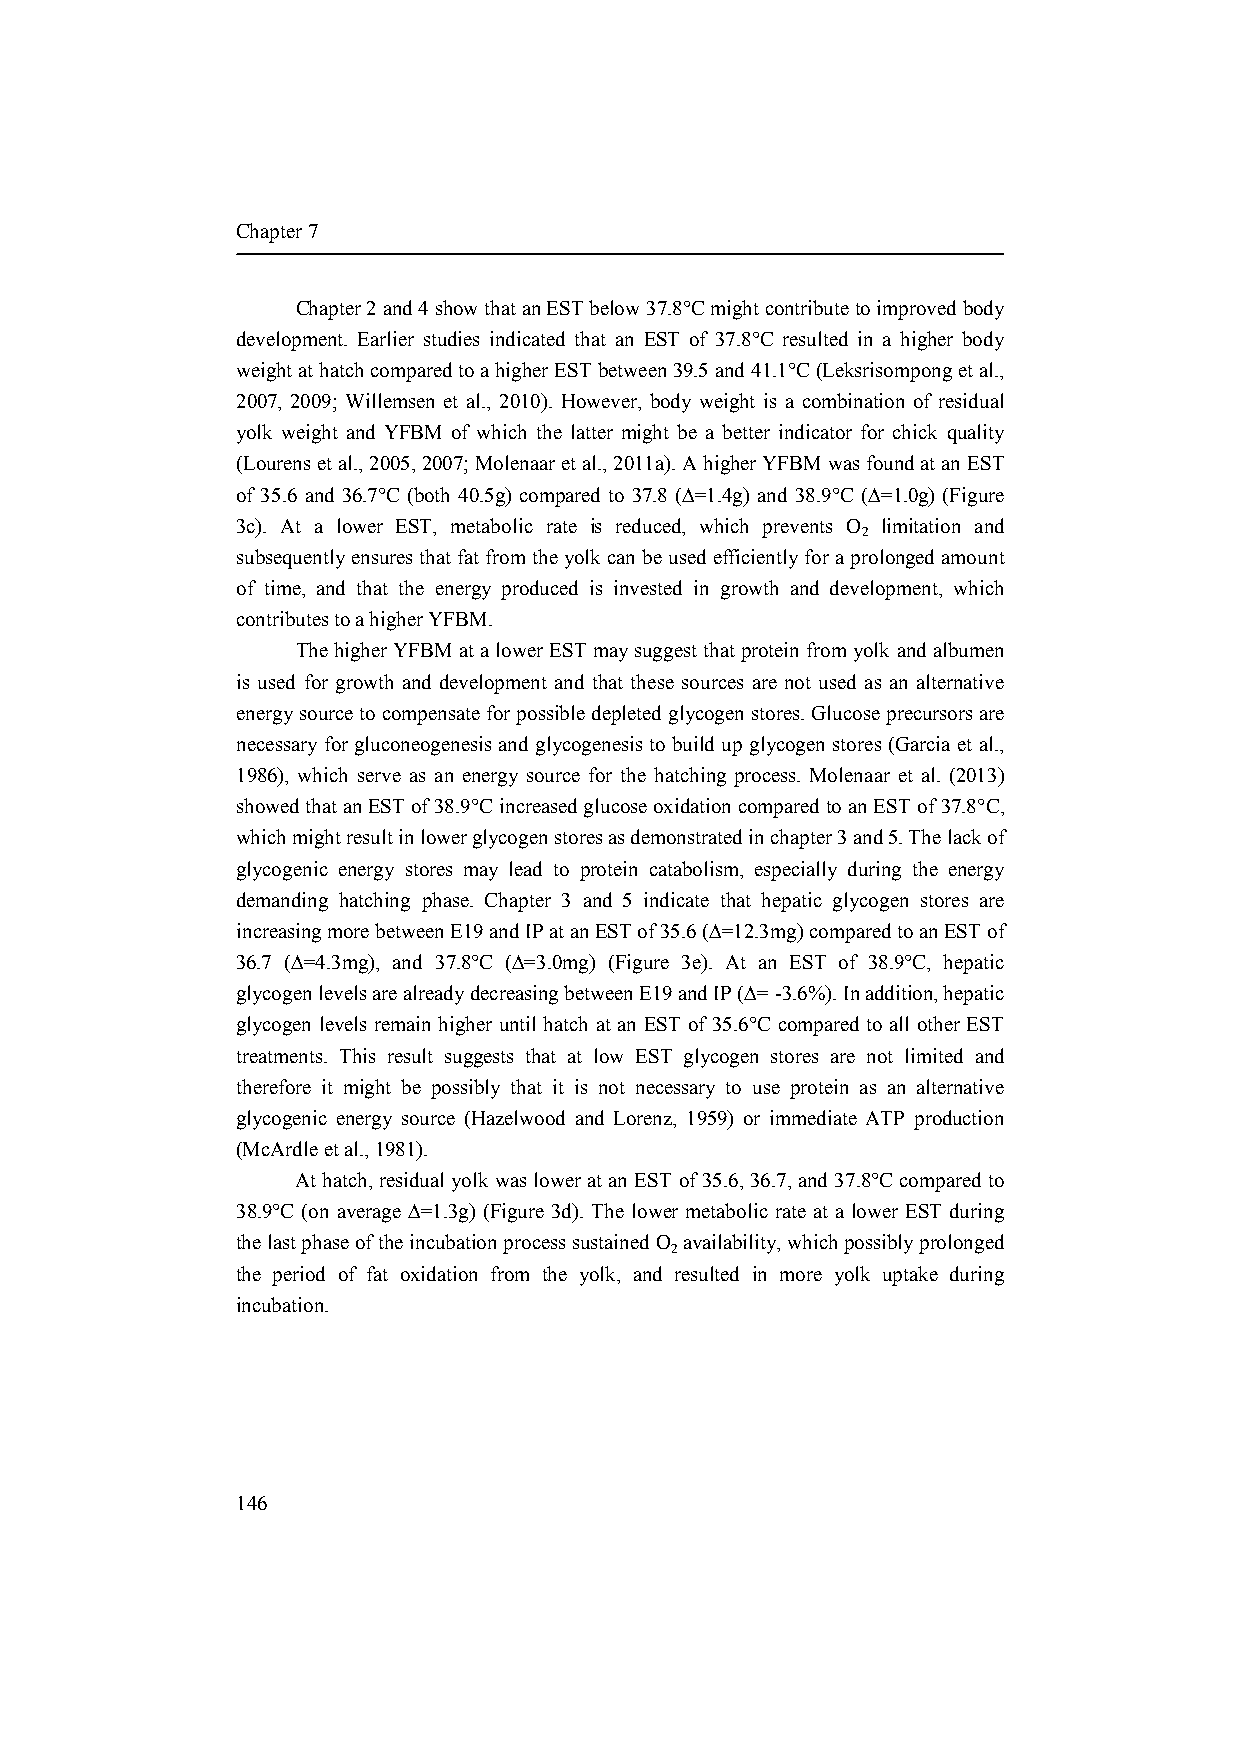
Chapter 7
 Chapter 2 and 4 show that an EST below 37.8°C might contribute to improved body
 development. Earlier studies indicated that an EST of 37.8°C resulted in a higher body
 weight at hatch compared to a higher EST between 39.5 and 41.1°C (Leksrisompong et al.,
 2007, 2009; Willemsen et al., 2010). However, body weight is a combination of residual
 yolk weight and YFBM of which the latter might be a better indicator for chick quality
 (Lourens et al., 2005, 2007; Molenaar et al., 2011a). A higher YFBM was found at an EST
 of 35.6 and 36.7°C (both 40.5g) compared to 37.8 (∆=1.4g) and 38.9°C (∆=1.0g) (Figure
 3c). At a lower EST, metabolic rate is reduced, which prevents O limitation and
 2
 subsequently ensures that fat from the yolk can be used efficiently for a prolonged amount
 of time, and that the energy produced is invested in growth and development, which
 contributes to a higher YFBM.
 The higher YFBM at a lower EST may suggest that protein from yolk and albumen
 is used for growth and development and that these sources are not used as an alternative
 energy source to compensate for possible depleted glycogen stores. Glucose precursors are
 necessary for gluconeogenesis and glycogenesis to build up glycogen stores (Garcia et al.,
 1986), which serve as an energy source for the hatching process. Molenaar et al. (2013)
 showed that an EST of 38.9°C increased glucose oxidation compared to an EST of 37.8°C,
 which might result in lower glycogen stores as demonstrated in chapter 3 and 5. The lack of
 glycogenic energy stores may lead to protein catabolism, especially during the energy
 demanding hatching phase. Chapter 3 and 5 indicate that hepatic glycogen stores are
 increasing more between E19 and IP at an EST of 35.6 (∆=12.3mg) compared to an EST of
 36.7 (∆=4.3mg), and 37.8°C (∆=3.0mg) (Figure 3e). At an EST of 38.9°C, hepatic
 glycogen levels are already decreasing between E19 and IP (∆= -3.6%). In addition, hepatic
 glycogen levels remain higher until hatch at an EST of 35.6°C compared to all other EST
 treatments. This result suggests that at low EST glycogen stores are not limited and
 therefore it might be possibly that it is not necessary to use protein as an alternative
 glycogenic energy source (Hazelwood and Lorenz, 1959) or immediate ATP production
 (McArdle et al., 1981).
 At hatch, residual yolk was lower at an EST of 35.6, 36.7, and 37.8°C compared to
 38.9°C (on average ∆=1.3g) (Figure 3d). The lower metabolic rate at a lower EST during
 the last phase of the incubation process sustained O availability, which possibly prolonged
 2
 the period of fat oxidation from the yolk, and resulted in more yolk uptake during
 incubation.
 146